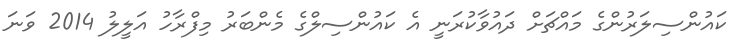
ކައުންސިލަރުންގެ މައްޗަށް ދައުވާކުރަނީ އެ ކައުންސިލްގެ މެންބަރު މިފްރާހު އަލީލު 2014 ވަނަ